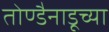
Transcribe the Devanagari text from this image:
तोण्डैनाडूच्या